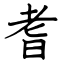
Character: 耆